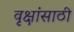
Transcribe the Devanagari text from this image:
वृक्षांसाठी